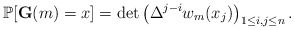
\begin{align*}\mathbb{P}[\mathbf{G}(m)=x]= \det\left(\Delta^{j-i} w_{m}(x_j)\right)_{1\le i,j\le n}.\end{align*}